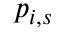
p _ { i , s }